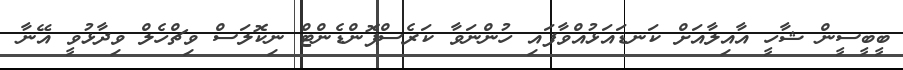
ބީބީސީން ޝާހީ އާއިލާއަށް ކަނޑައަޅުއްވާފައި ހުންނަވާ ކަރެސްޕޮންޑެންޓް ނިކޮލަސް ވިޗްހެލް ވިދާޅުވީ އޭނާ